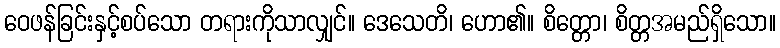
ဝေဖန်ခြင်းနှင့်စပ်သော တရားကိုသာလျှင်။ ဒေသေတိ၊ ဟော၏။ စိတ္တော၊ စိတ္တအမည်ရှိသော။